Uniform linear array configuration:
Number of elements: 8
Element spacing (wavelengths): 1
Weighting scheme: kaiser
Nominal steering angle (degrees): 60
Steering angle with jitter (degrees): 59.651
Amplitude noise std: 0.05
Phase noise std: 0.05

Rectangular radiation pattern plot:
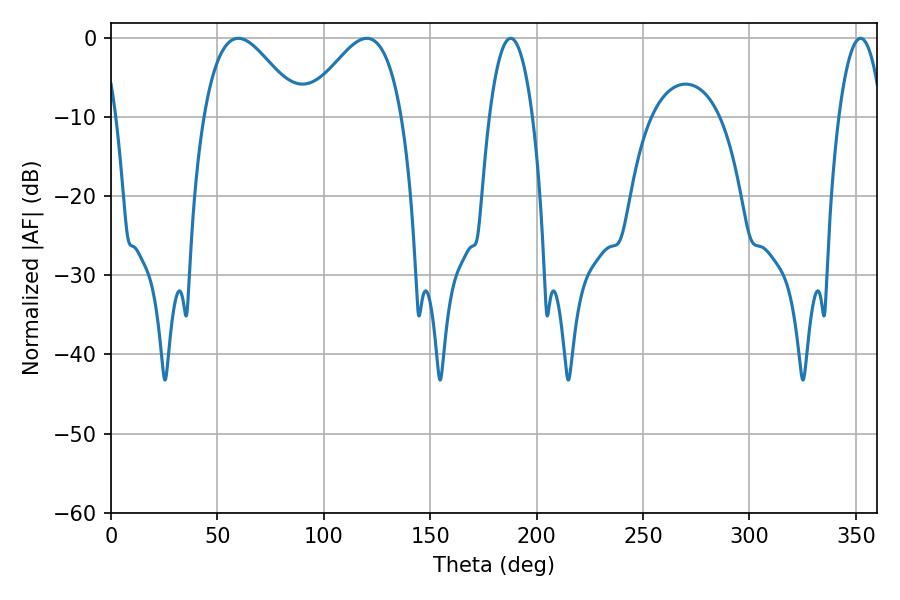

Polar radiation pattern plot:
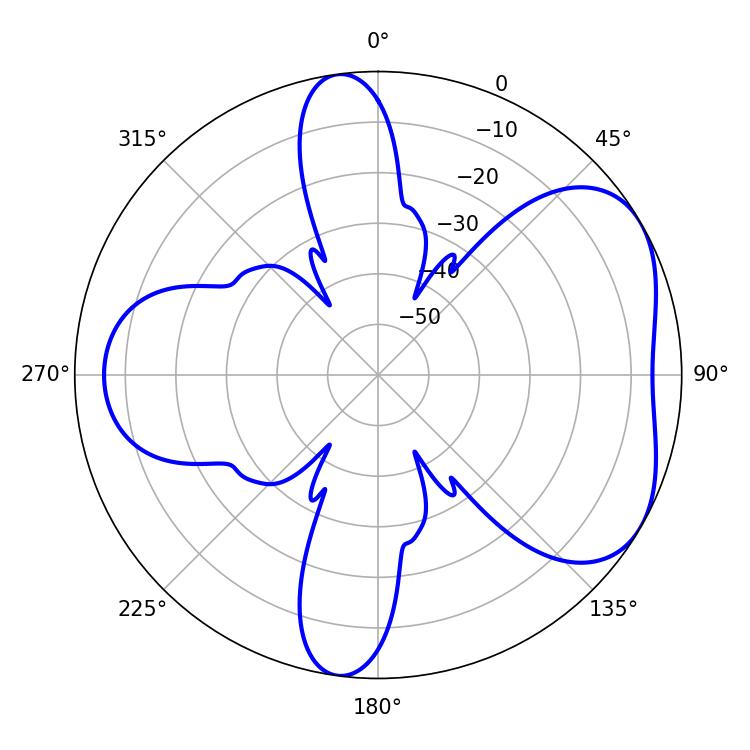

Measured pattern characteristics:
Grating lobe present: TRUE
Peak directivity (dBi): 4.927
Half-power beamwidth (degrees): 24.3
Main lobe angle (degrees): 59.76